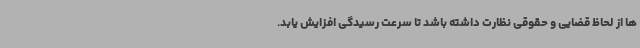
ها از لحاظ قضایی و حقوقی نظارت داشته باشد تا سرعت رسیدگی افزایش یابد.